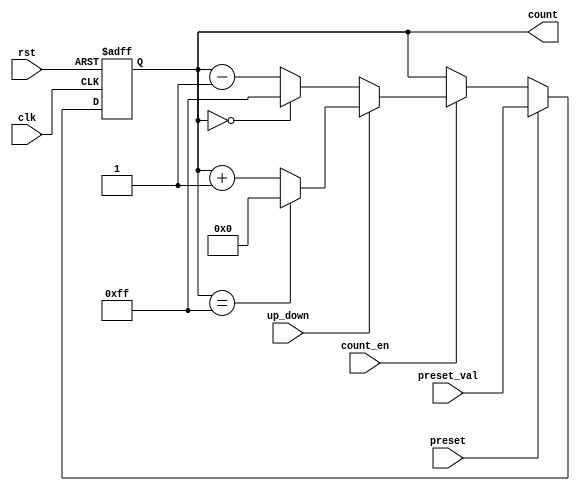
module presettable_counter #(
    parameter N = 8 // Width of the counter (8 bits by default)
)(
    input wire clk,             // Clock signal
    input wire rst,             // Reset signal
    input wire preset,          // Preset control signal
    input wire [N-1:0] preset_val, // Value to load into the counter
    input wire count_en,        // Count enable signal
    input wire up_down,         // Up/Down control signal
    output reg [N-1:0] count    // Current counter value
);

    // Counter logic
    always @(posedge clk or posedge rst) begin
        if (rst) begin
            // Reset the counter to zero
            count <= 0;
        end else if (preset) begin
            // Load the preset value into the counter
            count <= preset_val;
        end else if (count_en) begin
            // Count up or down based on the up_down signal
            if (up_down) begin
                // Count up
                if (count == {N{1'b1}}) // If count reaches maximum value
                    count <= 0;        // Wrap around to zero
                else
                    count <= count + 1;
            end else begin
                // Count down
                if (count == 0)         // If count is zero
                    count <= {N{1'b1}}; // Wrap around to maximum value
                else
                    count <= count - 1;
            end
        end
    end

endmodule